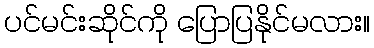
ပင်မင်းဆိုင်ကို ပြောပြနိုင်မလား။